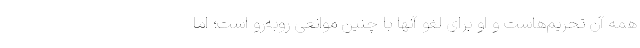
همه آن تحریم‌هاست و او برای لغو آنها با چنین موانعی روبه‌رو است؛ اما